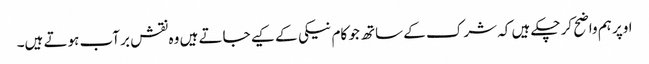
اوپر ہم واضح کر چکے ہیں کہ شرک کے ساتھ جو کام نیکی کے کیے جاتے ہیں وہ نقش بر آب ہوتے ہیں۔